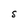
Character: S